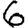
Digit: 6